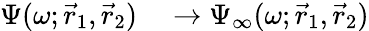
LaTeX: \begin{array}{rl}{\Psi(\omega;\vec{r}_{1},\vec{r}_{2})}&{{}\to\Psi_{\infty}(\omega;\vec{r}_{1},\vec{r}_{2})}\end{array}